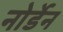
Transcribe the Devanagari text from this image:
नोर्डेन